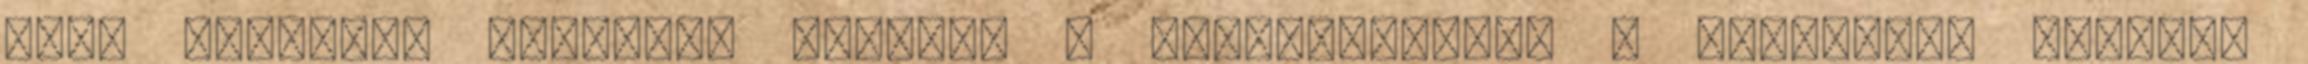
TÓTH KRISZTA: HÚSZEZER ÉJSZAKA – könyvbemutató 0 Boldizsár Ildikó: